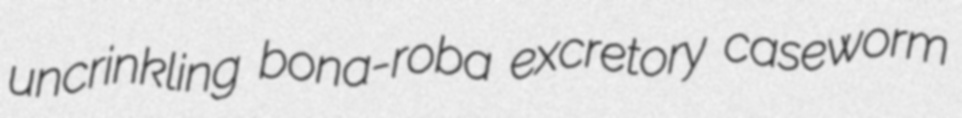
uncrinkling bona-roba excretory caseworm